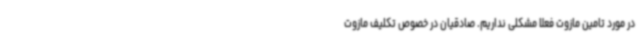
در مورد تامین مازوت فعلا مشکلی نداریم. صادقیان در خصوص تکلیف مازوت